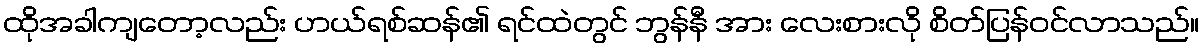
ထိုအခါကျတော့လည်း ဟယ်ရစ်ဆန်၏ ရင်ထဲတွင် ဘွန်နီ အား လေးစားလို စိတ်ပြန်ဝင်လာသည်။